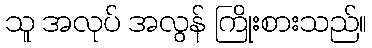
သူ အလုပ် အလွန် ကြိုးစားသည်။